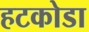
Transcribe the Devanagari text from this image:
हटकोडा